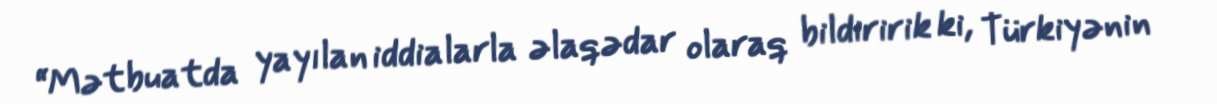
“Mətbuatda yayılan iddialarla əlaqədar olaraq bildiririk ki, Türkiyənin